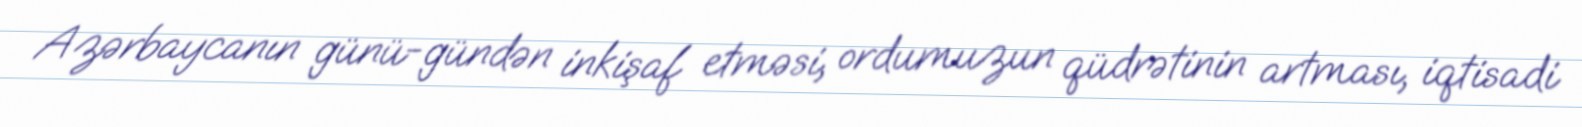
Azərbaycanın günü-gündən inkişaf etməsi, ordumuzun qüdrətinin artması, iqtisadi